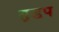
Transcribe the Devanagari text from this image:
त़डप